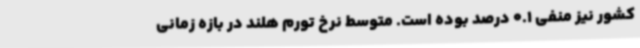
کشور نیز منفی 0.1 درصد بوده است. متوسط نرخ تورم هلند در بازه زمانی